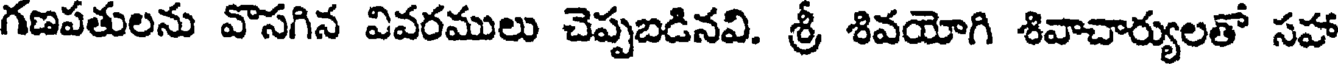
గణపతులను వొసగిన వివరములు చెప్పబడినవి. శ్రీ శివయోగి శివాచార్యులతో సహా